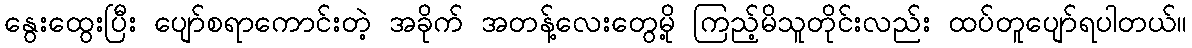
နွေးထွေးပြီး ပျော်စရာကောင်းတဲ့ အခိုက် အတန့်လေးတွေမို့ ကြည့်မိသူတိုင်းလည်း ထပ်တူပျော်ရပါတယ်။